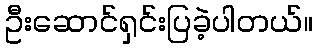
ဦးဆောင်ရှင်းပြခဲ့ပါတယ်။